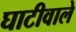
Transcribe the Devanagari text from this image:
घाटीवाले